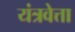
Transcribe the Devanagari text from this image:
यंत्रवेत्ता